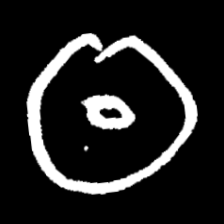
Pyu character \u2014 Myanmar letter: ထ (romanized: tha)